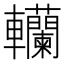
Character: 𨏼